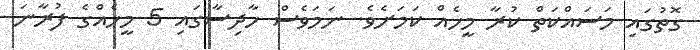
ގޮތުގައި މަސައްކަތް ކުރާ މީހެއް ކަމަށެވެ. ނަމަވެސް ހާދިސާގައި 5 މީހެއްގެ ފުރާނަ